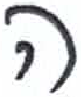
אות: ה